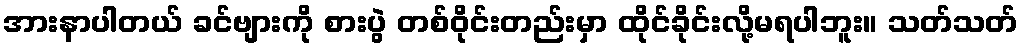
အားနာပါတယ် ခင်ဗျားကို စားပွဲ တစ်ဝိုင်းတည်းမှာ ထိုင်ခိုင်းလို့မရပါဘူး။ သတ်သတ်